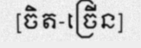
[ចិត-ច្រើន]